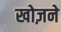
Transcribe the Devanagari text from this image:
खोज़ने